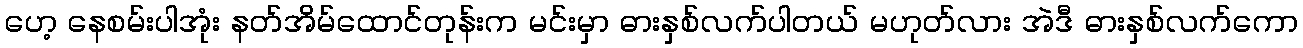
ဟေ့ နေစမ်းပါအုံး နတ်အိမ်ထောင်တုန်းက မင်းမှာ ဓားနှစ်လက်ပါတယ် မဟုတ်လား အဲဒီ ဓားနှစ်လက်ကော